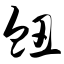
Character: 衄